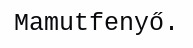
Mamutfenyő.